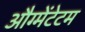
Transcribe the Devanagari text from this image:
औग्मेंटेटम